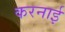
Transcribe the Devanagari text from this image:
करनाई